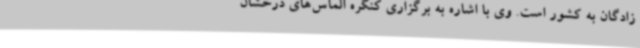
زادگان به کشور است. وی با اشاره به برگزاری کنگره الماس‌های درخشان